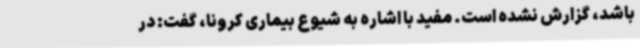
باشد، گزارش نشده است. مفید با اشاره به شیوع بیماری کرونا، گفت: در